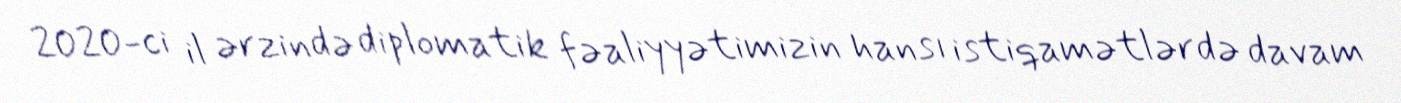
2020-ci il ərzində diplomatik fəaliyyətimizin hansı istiqamətlərdə davam